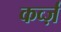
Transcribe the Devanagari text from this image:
कर्व्ज़